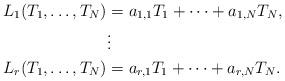
LaTeX: \begin{align*}L_1(T_1,\dots,T_N) &=a_{1,1}T_1+\dots+a_{1,N}T_N,\\&\vdots \\L_r(T_1,\dots,T_N) &=a_{r,1}T_1+\dots+a_{r,N}T_N.\end{align*}